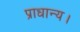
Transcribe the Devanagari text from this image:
प्राधान्य।